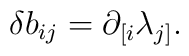
\delta b_{ij} = \partial_{[i} \lambda_{j]} .